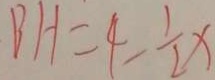
B H = 4 - \frac { 1 } { 2 } x